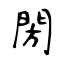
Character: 閍